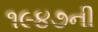
૧૯૪૭ની